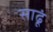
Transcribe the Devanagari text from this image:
साढूं